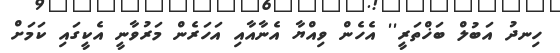
ހިނދު އަބުލް ބަޚްތަރީ'' އެހެން ވިއްޔާ އެނާއާއި އަހަރެން މަރުވާނީ އެކީގައި ކަމަށް